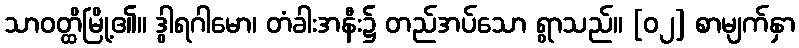
သာဝတ္ထိမြို့၏။ ဒွါရဂါမော၊ တံခါးအနီး၌ တည်အပ်သော ရွာသည်။ [၀၂] စာမျက်နှာ